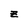
Character: z